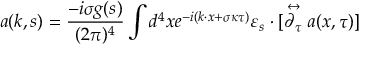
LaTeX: a ( k , s ) = \frac { - i \sigma g ( s ) } { ( 2 \pi ) ^ { 4 } } \int d ^ { 4 } x e ^ { - i ( k \cdot x + \sigma \kappa \tau ) } \varepsilon _ { s } \cdot [ \stackrel { \leftrightarrow } { \partial _ { \tau } } a ( x , \tau ) ]